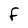
Character: F